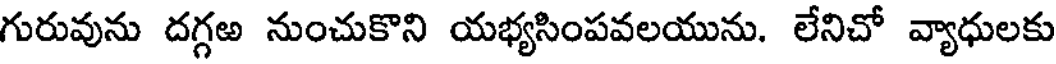
గురువును దగ్గఱ నుంచుకొని యభ్యసింపవలయును. లేనిచో వ్యాధులకు